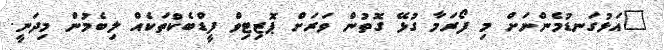
"އަޅުގަނޑުމެންނަށް މި ފޯރަމާ ގުޅޭ ގޮތުން ވަރަށް ޕޮޒިޓިވް ފީޑްބެކްތަކެއް ލިބެމުން މިދަނީ.